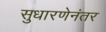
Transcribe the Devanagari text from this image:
सुधारणेनंतर